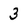
Character: 3